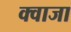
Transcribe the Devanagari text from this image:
क्वाजा